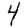
Digit: 4